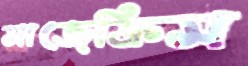
সাজেক্রিস